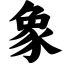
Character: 象